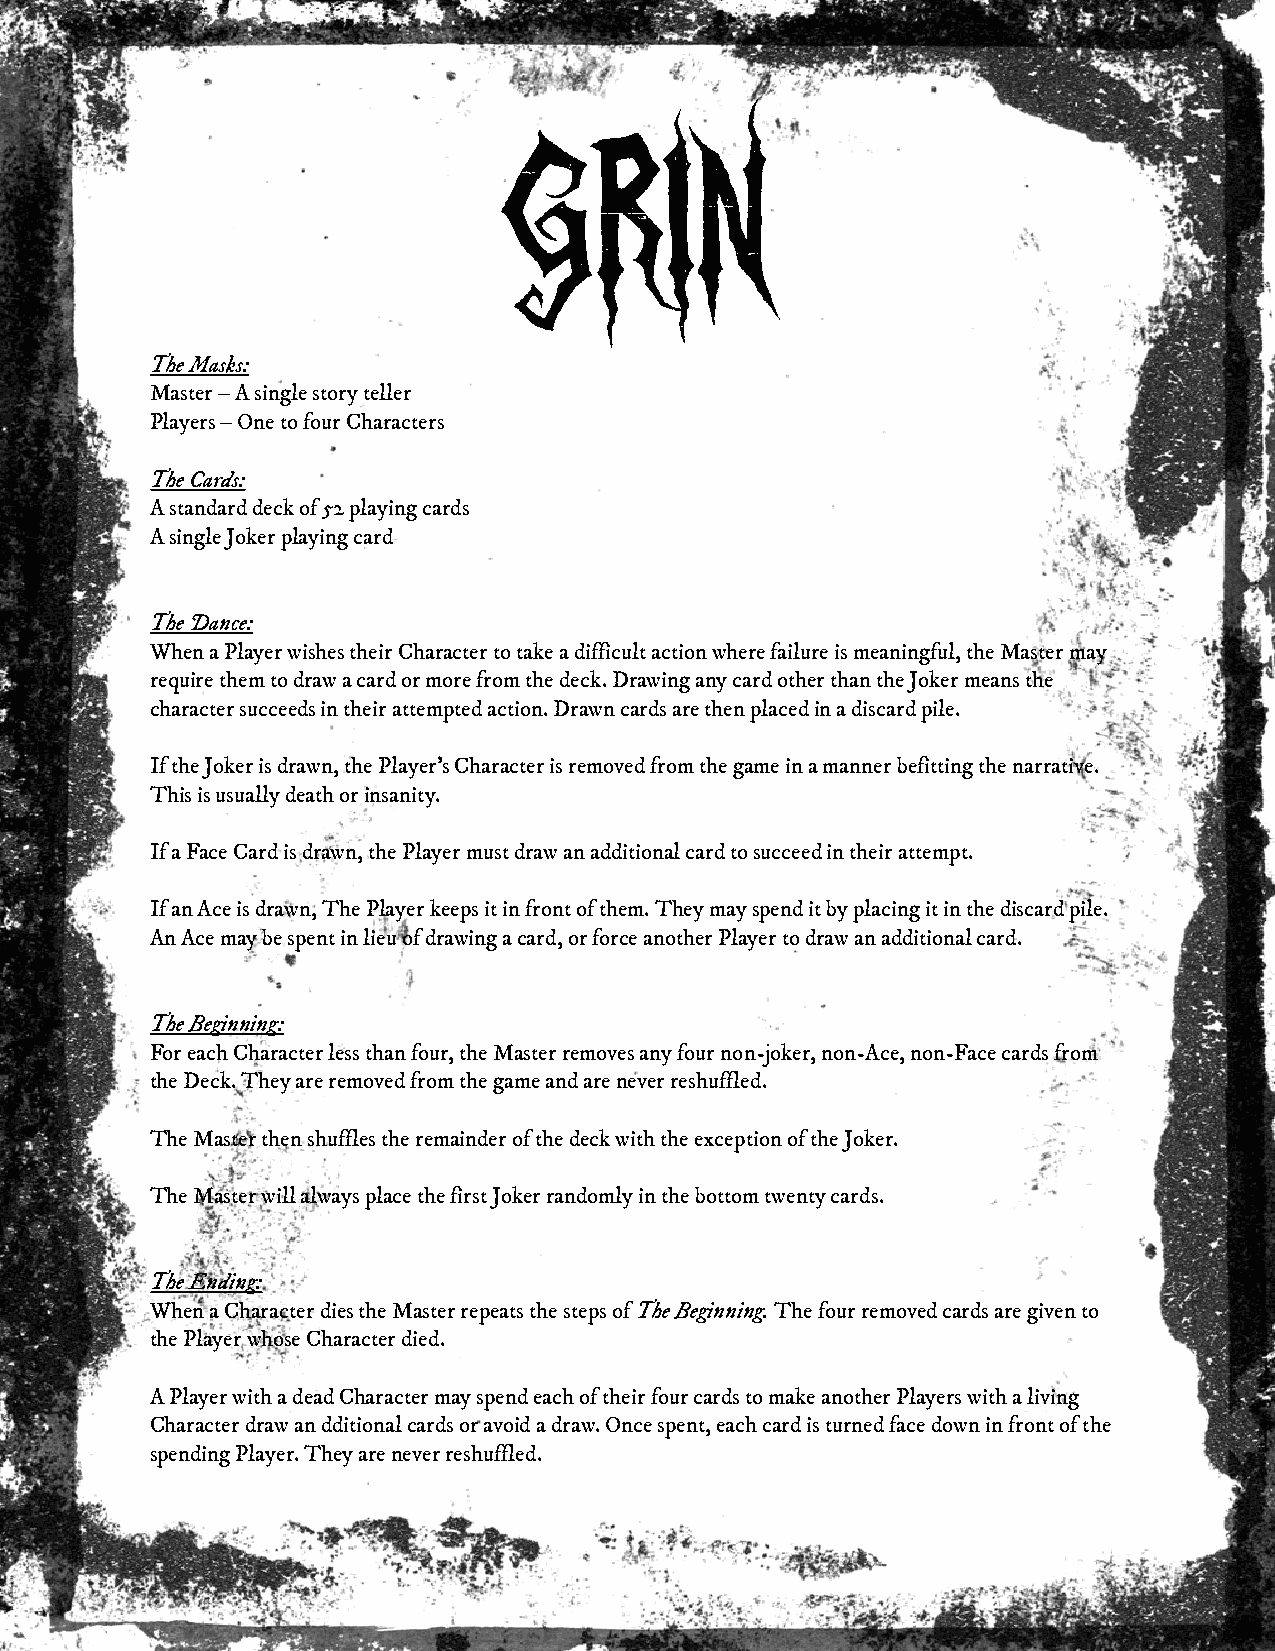
GRIN
 The Masks:
 Master – A single story teller
 Players – One to four Characters
 The Cards:
 A standard deck of 52 playing cards
 A single Joker playing card
 The Dance:
 When a Player wishes their Character to take a difficult action where failure is meaningful, the Master may
 require them to draw a card or more from the deck. Drawing any card other than the Joker means the
 character succeeds in their attempted action. Drawn cards are then placed in a discard pile.
 If the Joker is drawn, the Player's Character is removed from the game in a manner befitting the narrative.
 This is usually death or insanity.
 If a Face Card is drawn, the Player must draw an additional card to succeed in their attempt.
 If an Ace is drawn, The Player keeps it in front of them. They may spend it by placing it in the discard pile.
 An Ace may be spent in lieu of drawing a card, or force another Player to draw an additional card.
 The Beginning:
 For each Character less than four, the Master removes any four non-joker, non-Ace, non-Face cards from
 the Deck. They are removed from the game and are never reshuffled.
 The Master then shuffles the remainder of the deck with the exception of the Joker.
 The Master will always place the first Joker randomly in the bottom twenty cards.
 The Ending:
 When a Character dies the Master repeats the steps of The Beginning. The four removed cards are given to
 the Player whose Character died.
 A Player with a dead Character may spend each of their four cards to make another Players with a living
 Character draw an dditional cards or avoid a draw. Once spent, each card is turned face down in front of the
 spending Player. They are never reshuffled.